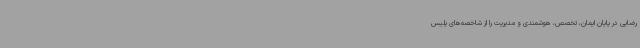
رضایی در پایان ایمان، تخصص، هوشمندی و مدیریت را از شاخصه‌های پلیس